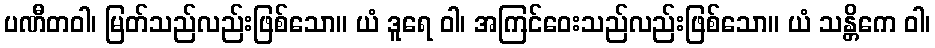
ပဏီတဝါ၊ မြတ်သည်လည်းဖြစ်သော။ ယံ ဒူရေ ဝါ၊ အကြင်ဝေးသည်လည်းဖြစ်သော။ ယံ သန္တိကေ ဝါ၊